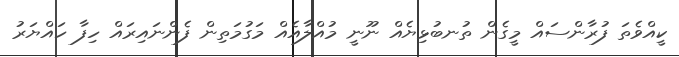
ކީއްވެތަ ފުރާންސައް މީގެން ތުނބުޅިޔެއް ނޫނީ މުއްލާއެއް މަގުމަތިން ފެންނައިރައް ހިފާ ހައްޔަރު